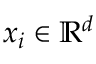
x _ { i } \in \mathbb { R } ^ { d }